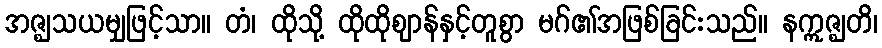
အဇ္ဈသယမျှဖြင့်သာ။ တံ၊ ထိုသို့ ထိုထိုဈာန်နှင့်တူစွာ မဂ်၏အဖြစ်ခြင်းသည်။ နဣဇ္ဈတိ၊